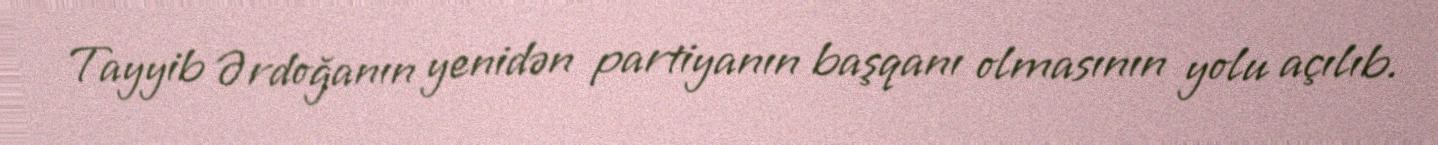
Tayyib Ərdoğanın yenidən partiyanın başqanı olmasının yolu açılıb.